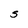
Character: S